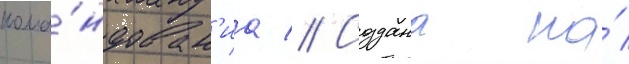
кома́ндован'иа // Создана на́